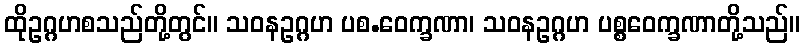
ထိုဥဂ္ဂဟစသည်တို့တွင်။ သဝနဥဂ္ဂဟ ပစ.ဝေက္ခဏာ၊ သဝနဥဂ္ဂဟ ပစ္စဝေက္ခဏာတို့သည်။